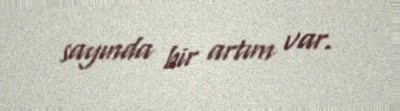
sayında bir artım var.